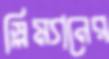
স্লিম্যানের